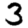
Digit: 3